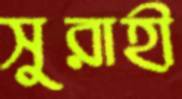
সুরাহী